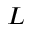
L